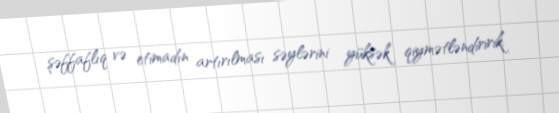
şəffaflıq və etimadın artırılması səylərini yüksək qiymətləndiririk.